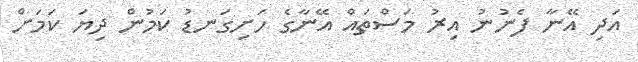
އަދި އޭނާ ފެނުނު އިރު މަސްތައް އޭނާގެ ހަށިގަނޑު ކަމުން ދިޔަ ކަމަށް